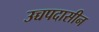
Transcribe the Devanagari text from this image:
उच्चपदासीन